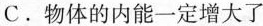
C.物体的内能一定增大了